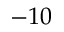
- 1 0